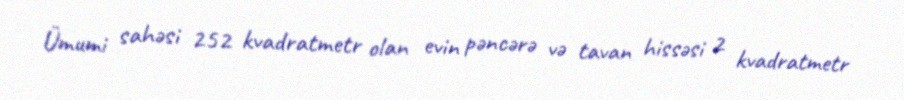
Ümumi sahəsi 252 kvadratmetr olan evin pəncərə və tavan hissəsi 2 kvadratmetr